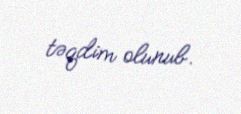
təqdim olunub.